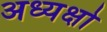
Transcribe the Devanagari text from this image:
अध्यक्षोँ